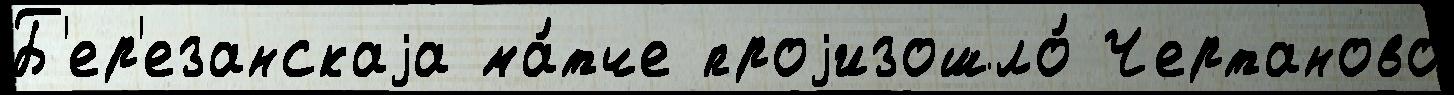
Б'ер'езанскаjа ма́тче проjизошло́ Чертаново